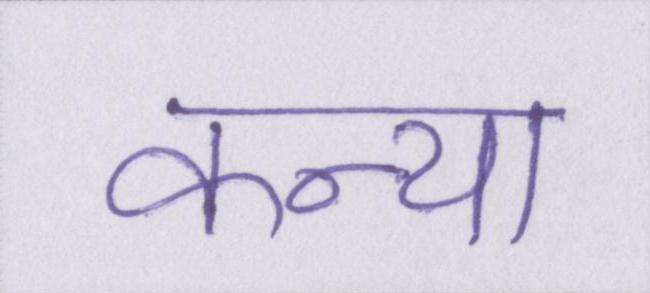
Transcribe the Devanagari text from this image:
कन्या